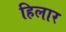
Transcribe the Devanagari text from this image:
हिलार